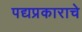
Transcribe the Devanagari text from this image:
पद्यप्रकाराचे